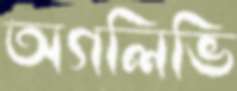
অগলিভি